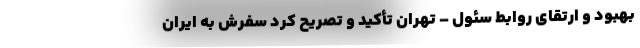
بهبود و ارتقای روابط سئول – تهران تأکید و تصریح کرد سفرش به ایران